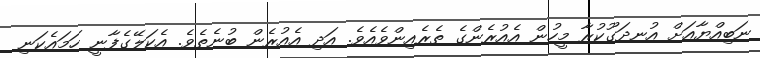
ނަބިއްޔާއަށް އުނދަގޫކުރާ މީހުން އެއުރެންގެ ތެރެއިންވެއެވެ. އަދި އެއުރެން ބުނެތެވެ. އެކަލޭގެފާނީ ހަމައެކަނި